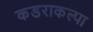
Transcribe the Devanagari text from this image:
कडराकल्पा